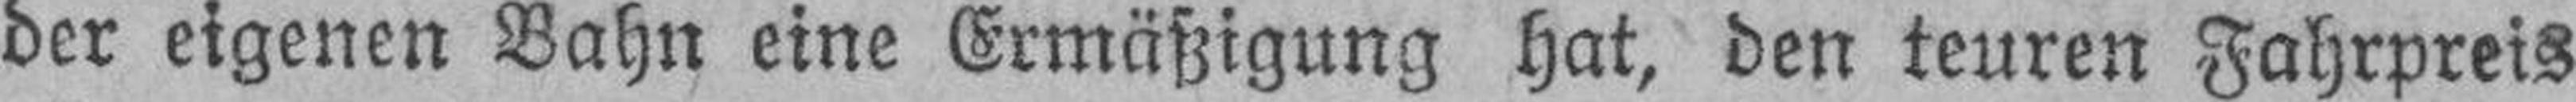
der eigenen Bahn eine Ermäßigung hat, den teuren Fahrpreis